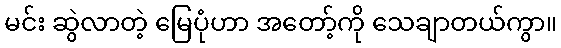
မင်း ဆွဲလာတဲ့ မြေပုံဟာ အတော့်ကို သေချာတယ်ကွာ။